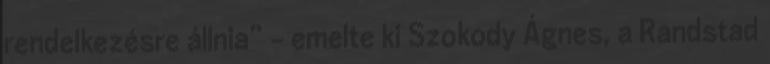
rendelkezésre állnia” – emelte ki Szokody Ágnes, a Randstad